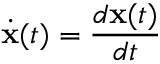
\dot { \mathbf { x } } ( t ) = \frac { d \mathbf { x } ( t ) } { d t }